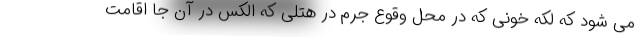
می شود که لکه خونی که در محل وقوع جرم در هتلی که الکس در آن جا اقامت